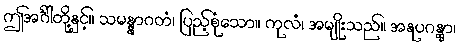
ဤအင်္ဂါတို့နှင့်။ သမန္နာဂတံ၊ ပြည့်စုံသော။ ကုလံ၊ အမျိုးသည်။ အနုပဂန္တွာ၊